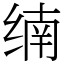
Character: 䌾